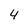
Character: 4